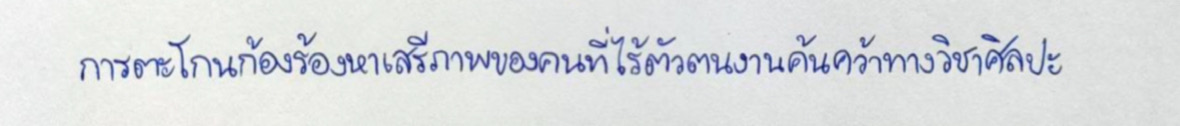
การตะโกนก้องร้องหาเสรีภาพของคนที่ไร้ตัวตนงานค้นคว้าทางวิชาการศิลปะ